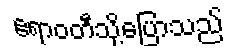
ဧရာဝတီသို့ပြောသည်